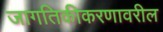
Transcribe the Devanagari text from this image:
जागतिकीकरणावरील